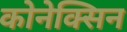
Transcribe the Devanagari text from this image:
कोनेक्सिन